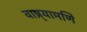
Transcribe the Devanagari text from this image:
वाष्र्यामणि